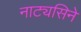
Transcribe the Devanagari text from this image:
नाट्यसिने